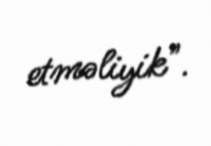
etməliyik".